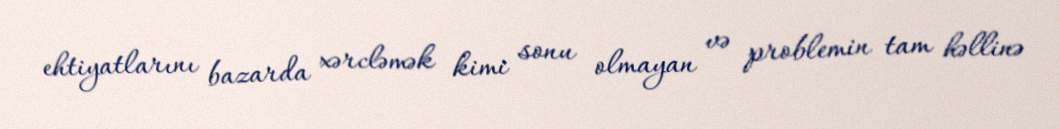
ehtiyatlarını bazarda xərcləmək kimi sonu olmayan və problemin tam həllinə